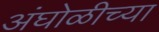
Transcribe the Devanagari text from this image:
अंघोळीच्या